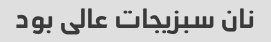
نان سبزیجات عالی بود